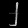
Digit: ၂